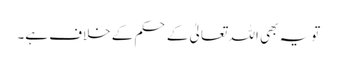
تو یہ بھی اللہ تعالیٰ کے حکم کے خلاف ہے۔